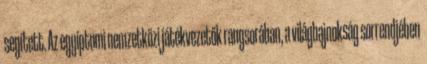
segített. Az egyiptomi nemzetközi játékvezetők rangsorában, a világbajnokság sorrendjében